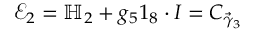
\mathcal { E } _ { 2 } = \mathbb { H } _ { 2 } + g _ { 5 } \boldsymbol { 1 } _ { 8 } \cdot \boldsymbol { I } = C _ { \vec { \gamma } _ { 3 } }